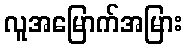
လူအမြောက်အမြား